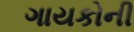
ગાયકોની